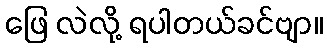
ဖြေ လဲလို့ ရပါတယ်ခင်ဗျာ။